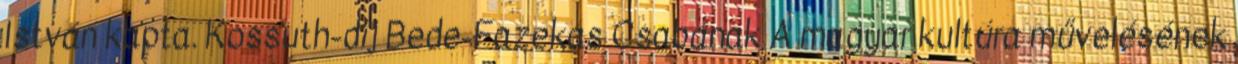
István kapta. Kossuth-díj Bede-Fazekas Csabának A magyar kultúra művelésének